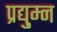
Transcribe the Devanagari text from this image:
प्रद्यु्म्न